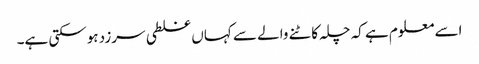
اسے معلوم ہے کہ چلہ کاٹنے والے سے کہاں غلطی سرزد ہوسکتی ہے۔